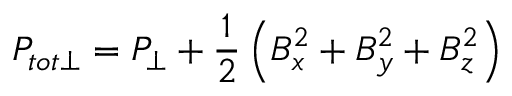
P _ { t o t \perp } = P _ { \perp } + \frac { 1 } { 2 } \left( B _ { x } ^ { 2 } + B _ { y } ^ { 2 } + B _ { z } ^ { 2 } \right)